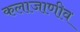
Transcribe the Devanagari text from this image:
कलाजाणीव